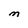
Character: M